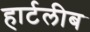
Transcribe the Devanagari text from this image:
हार्टलीब